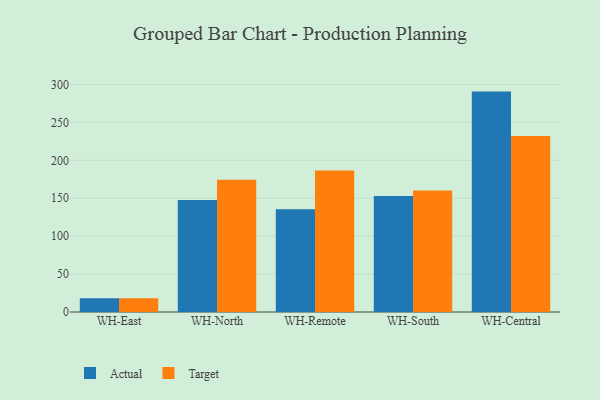
{"axis": {"x": "Warehouse", "y": "Conversion Rate (%)"}, "legend": ["Actual", "Target"], "data": [{"x": "WH-East", "y": 18.2, "type": "Actual"}, {"x": "WH-East", "y": 18.2, "type": "Target"}, {"x": "WH-North", "y": 147.6, "type": "Actual"}, {"x": "WH-North", "y": 174.3, "type": "Target"}, {"x": "WH-Remote", "y": 135.6, "type": "Actual"}, {"x": "WH-Remote", "y": 186.5, "type": "Target"}, {"x": "WH-South", "y": 153.0, "type": "Actual"}, {"x": "WH-South", "y": 160.2, "type": "Target"}, {"x": "WH-Central", "y": 290.6, "type": "Actual"}, {"x": "WH-Central", "y": 231.9, "type": "Target"}]}